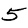
Digit: 5